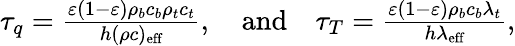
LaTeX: \begin{array}{r}{\tau_{q}=\frac{\varepsilon(1-\varepsilon)\rho_{b}c_{b}\rho_{t}c_{t}}{h(\rho c)_{\textrm{eff}}},\quad\textrm{and}\quad\tau_{T}=\frac{\varepsilon(1-\varepsilon)\rho_{b}c_{b}\lambda_{t}}{h\lambda_{\textrm{eff}}},}\end{array}